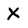
Character: X